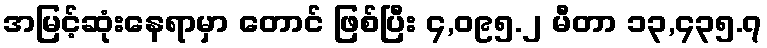
အမြင့်ဆုံးနေရာမှာ တောင် ဖြစ်ပြီး ၄,၀၉၅.၂ မီတာ ၁၃,၄၃၅.၇